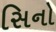
સિનો